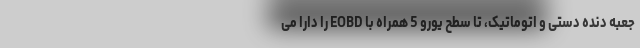
جعبه دنده دستی و اتوماتیک، تا سطح یورو 5 همراه با EOBD را دارا می